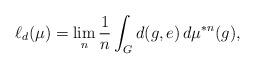
LaTeX: \begin{align*}\ell_d(\mu) = \lim_n \frac{1}{n} \int_G d(g,e) \, d\mu^{*n}(g),\end{align*}